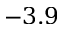
- 3 . 9